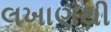
લખાણથી